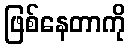
ဖြစ်နေတာကို